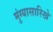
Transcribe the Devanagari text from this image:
मुंग्यासारिखे